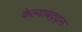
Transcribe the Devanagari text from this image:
केल्याबद्द्ल